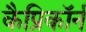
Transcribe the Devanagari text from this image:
कैप्रिकॉर्न